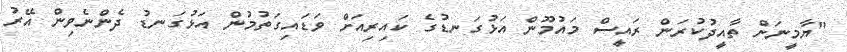
"ޔާމީނަށް ތާއީދުކުރަން ރައީސް މައުމޫން އަޅުގަނޑުގެ ކައިރިއަށް ވަޑައިގަތުމުން އަޅުގަނޑު ދެންނެވިން އޭރު